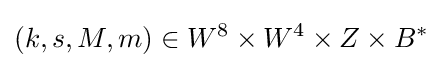
(k,s,M,m)\in W^{8}\times W^{4}\times Z\times B^{\ast }